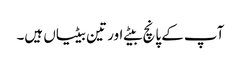
آپ کے پانچ بیٹے اور تین بیٹیاں ہیں۔